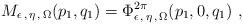
LaTeX: \begin{align*}M_{\epsilon\,,\,\eta\,,\,\Omega}(p_1,q_1) =\Phi_{\epsilon\,,\,\eta\,,\,\Omega}^{2\pi}(p_1,0,q_1)\ ,\end{align*}